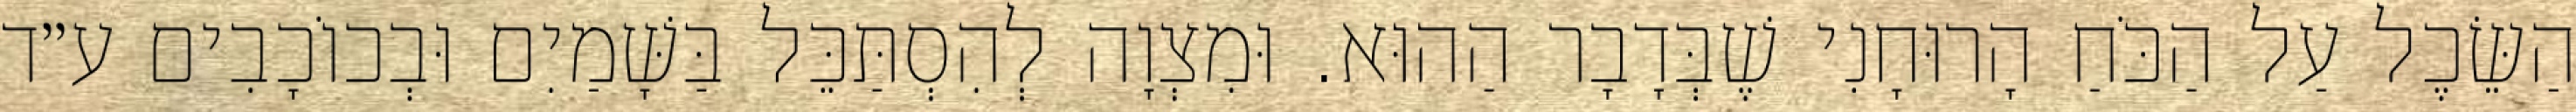
הַשֵּׂכֶל עַל הַכֹּחַ הָרוּחָנִי שֶׁבְּדָבָר הַהוּא. וּמִצְוָה לְהִסְתַּכֵּל בַּשָּׁמַיִם וּבְכוֹכָבִים ע״ד